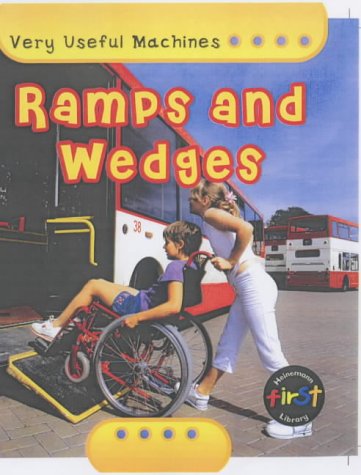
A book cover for Ramps and Wedges (Very Useful Machines) (Very Useful Machines); Chris Oxlade; Children's Books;